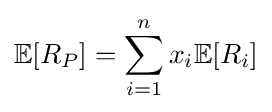
\mathbb {E} [R_{P}]=\sum _{i=1}^{n}x_{i}\mathbb {E} [R_{i}]